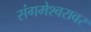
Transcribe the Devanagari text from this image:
संगमेश्वरावर